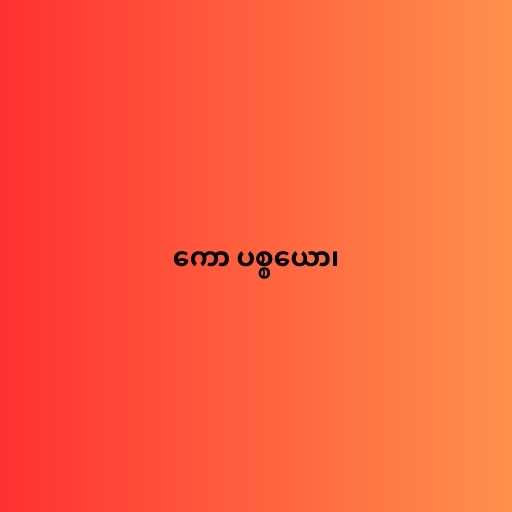
ကော ပစ္စယော၊